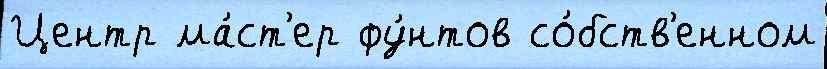
Центр ма́ст'ер фу́нтов со́бств'енном